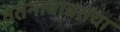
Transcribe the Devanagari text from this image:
वेतनाबाबतचा